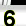
Digit: 3